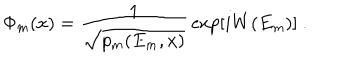
LaTeX: \Phi _ { m } ( x ) = { \frac { 1 } { \sqrt { p _ { m } ( E _ { m } , x ) } } } \exp [ i W ( E _ { m } ) ] \ .